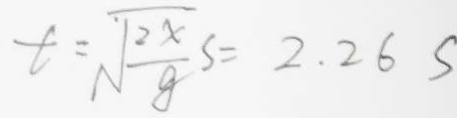
t = \sqrt { \frac { 2 x } { g } s } = 2 . 2 6 s